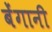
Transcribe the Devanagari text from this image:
बेंगानी